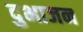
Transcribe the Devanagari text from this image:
दुभाजन